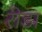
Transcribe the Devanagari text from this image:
रीडा